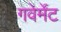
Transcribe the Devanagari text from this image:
गवेर्मेंट